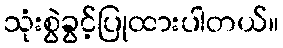
သုံးစွဲခွင့်ပြုထားပါတယ်။